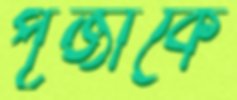
পূজাকে